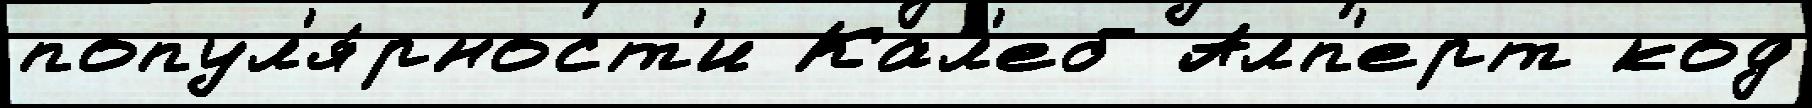
попул'я́рност'и Кал'еб Алп'ерт код